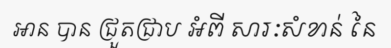
អាន បាន ជ្រួតជ្រាប អំពី សារៈសំខាន់ នៃ